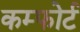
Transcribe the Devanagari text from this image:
कम्फोर्ट